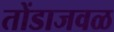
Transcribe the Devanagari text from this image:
तोंडाजवळ